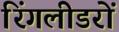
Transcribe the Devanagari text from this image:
रिंगलीडरों